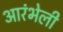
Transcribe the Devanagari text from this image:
आरंभेली